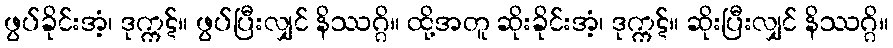
ဖွပ်ခိုင်းအံ့၊ ဒုက္ကဋ်။ ဖွပ်ပြီးလျှင် နိဿဂ္ဂိ။ ထို့အတူ ဆိုးခိုင်းအံ့၊ ဒုက္ကဋ်။ ဆိုးပြီးလျှင် နိဿဂ္ဂိ။